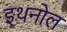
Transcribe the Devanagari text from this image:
इथनोल